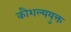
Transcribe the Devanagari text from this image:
कौशल्ययुक्त